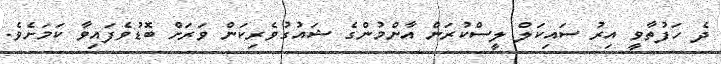
ދެ ހަފުތާވީ އިރު ސައިކަލް ލީސްކުރަން އާންމުންގެ ޝައުގުވެރިކަން ވަރަށް ބޮޑުވެފައިވާ ކަމަށެވެ.